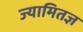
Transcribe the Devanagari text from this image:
ज्यामितज्ञ